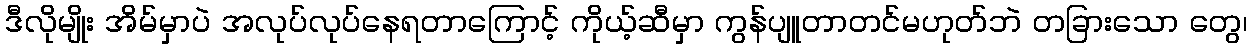
ဒီလိုမျိုး အိမ်မှာပဲ အလုပ်လုပ်နေရတာကြောင့် ကိုယ့်ဆီမှာ ကွန်ပျူတာတင်မဟုတ်ဘဲ တခြားသော တွေ၊